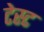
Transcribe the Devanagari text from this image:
टेस्‍ट